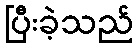
ပြီးခဲ့သည်